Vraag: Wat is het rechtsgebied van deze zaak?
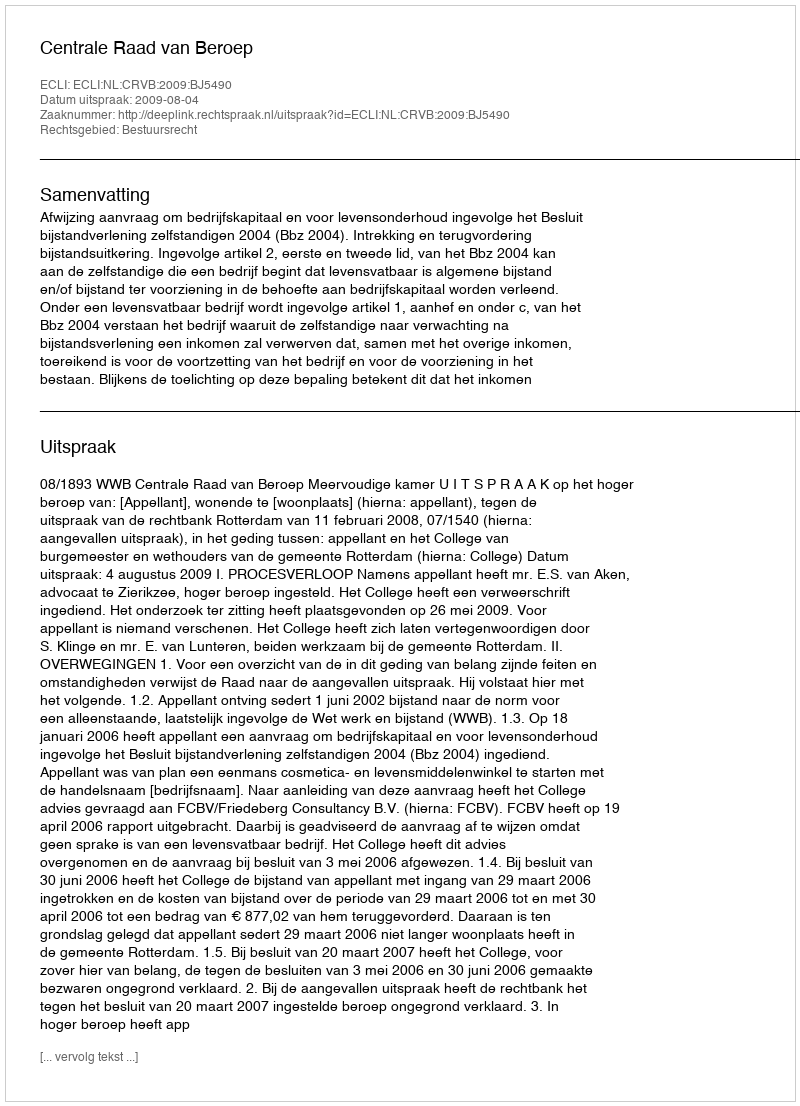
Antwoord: Bestuursrecht